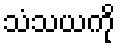
သံသယကို